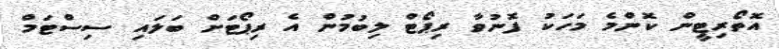
އޮތޯރިޓީން ކޮންމެ މަހަކު ފޮނުވާ ރިޕޯޓް ލިބުމުން އެ ރިޕޯޓަށް ބަލައި ސިސްޓަމް